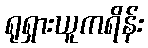
ရုရှားယူကရိန်း